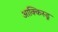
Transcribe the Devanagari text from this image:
आक्किस्डू